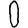
Digit: 0